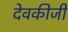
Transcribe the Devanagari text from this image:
देवकीजी